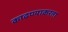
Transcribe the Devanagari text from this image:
काढण्याकरता